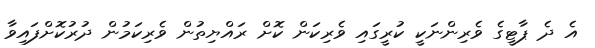
އެ ދެ ޕާޓީގެ ވެރިންނަކީ ކުރީގައި ވެރިކަން ކޮށް ރައްޔިތުން ވެރިކަމުން ދުރުކޮށްފައިވާ